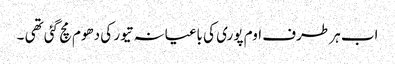
اب ہر طرف اوم پوری کی باغیانہ تیور کی دھوم مچ گئی تھی ۔